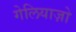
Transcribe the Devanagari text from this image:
गेलियाज़ो